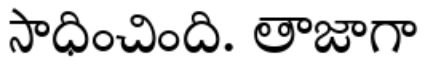
సాధించింది. తాజాగా